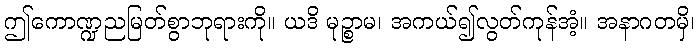
ဤကောဏ္ဍညမြတ်စွာဘုရားကို။ ယဒိ မုဉ္စာမ၊ အကယ်၍လွတ်ကုန်အံ့။ အနာဂတမှိ၊